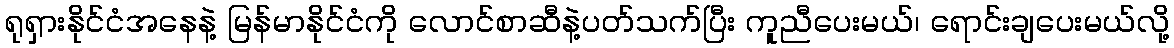
ရုရှားနိုင်ငံအနေနဲ့ မြန်မာနိုင်ငံကို လောင်စာဆီနဲ့ပတ်သက်ပြီး ကူညီပေးမယ်၊ ရောင်းချပေးမယ်လို့